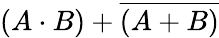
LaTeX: (A\cdot B)+{\overline{{(A+B)}}}